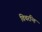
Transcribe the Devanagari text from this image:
विचरन्ति